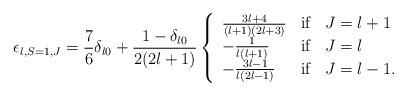
LaTeX: \begin{align*}\epsilon_{l,S=1,J}=\frac{7}{6}\delta_{l0}+\frac{1-\delta_{l0}}{2(2l+1)}\left\{\begin{array}{lcl}\frac{3l+4}{(l+1)(2l+3)}& \rm if & J=l+1\\-\frac{1}{l(l+1)}& \rm if & J=l\\-\frac{3l-1}{l(2l-1)}& \rm if & J=l-1.\\\end{array}\right.\end{align*}